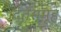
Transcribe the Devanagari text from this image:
दंतसमूह